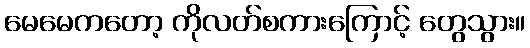
မေမေကတော့ ကိုလတ်စကားကြောင့် တွေသွား။